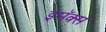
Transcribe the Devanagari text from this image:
इमॅक्स